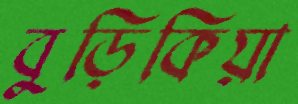
বুড়িকিয়া